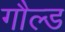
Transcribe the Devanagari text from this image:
गौल्ड